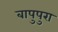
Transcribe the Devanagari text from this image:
बापुपुरा